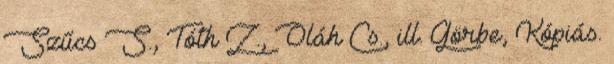
Szűcs S., Tóth Z., Oláh Cs., ill. Görbe, Kópiás.